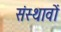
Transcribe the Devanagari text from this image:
संस्थावों